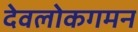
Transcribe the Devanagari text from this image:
देवलोकगमन